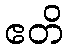
ဧတိ